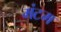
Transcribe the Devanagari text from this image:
मंटम